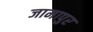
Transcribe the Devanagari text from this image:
जामापुर